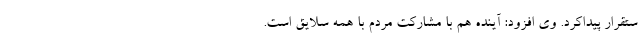
ستقرار پیداکرد. وی افزود: آینده هم با مشارکت مردم با همه سلایق است.